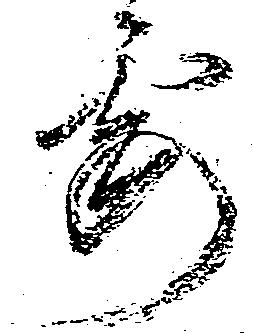
要